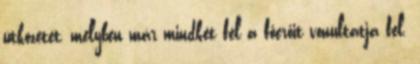
ütközetet, melyben már mindkét fél a főerőit vonultatja fel.